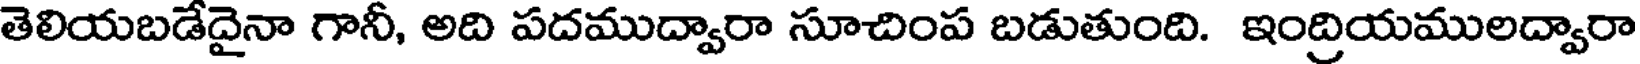
తెలియబడేదైనా గానీ, అది పదముద్వారా సూచింప బడుతుంది. ఇంద్రియములద్వారా